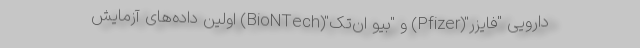
دارویی "فایزر"(Pfizer) و "بیو ان‌تک"(BioNTech) اولین داده‌های آزمایش